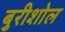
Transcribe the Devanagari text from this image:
बुरीशोल